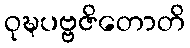
ဝုဍ္ဎပဗ္ဗဇိတောတိ